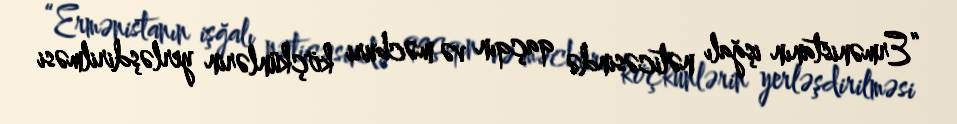
“Ermənistanın işğalı nəticəsində qaçqın və məcburi köçkünlərin yerləşdirilməsi